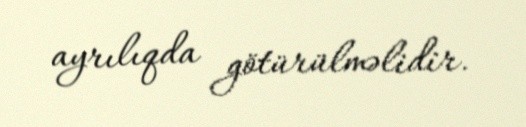
ayrılıqda götürülməlidir.